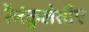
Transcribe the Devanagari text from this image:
रैनंकुलेसीए